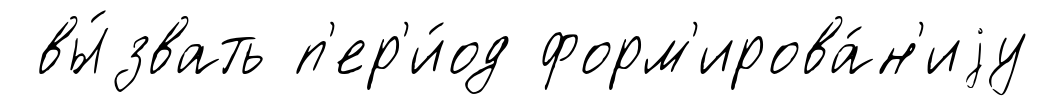
вы́звать п'ер'и́од форм'ирова́н'иjу